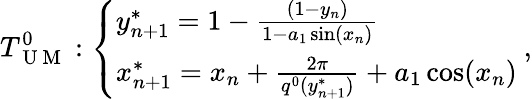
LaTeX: T_{\mathrm{~U~M~}}^{0}:\left\{ \begin{array}{ll}{y_{n+1}^{*}=1-\frac{(1-y_{n})}{1-a_{1}\sin(x_{n})}}\\ {x_{n+1}^{*}=x_{n}+\frac{2\pi}{q^{0}(y_{n+1}^{*})}+a_{1}\cos(x_{n})}\end{array}\right.~,